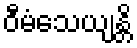
ဝီမံသေယျန္တိ